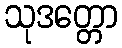
သုဒတ္တော